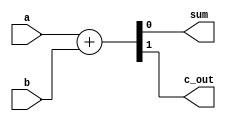
//this is a behavioral modeling

module add_half_bh(sum, c_out, a, b);
	
	input a, b;
	output sum, c_out;
	reg sum, c_out;
	
	always @(a or b)
	begin
		{c_out, sum} = a + b;
	end
	
endmodule